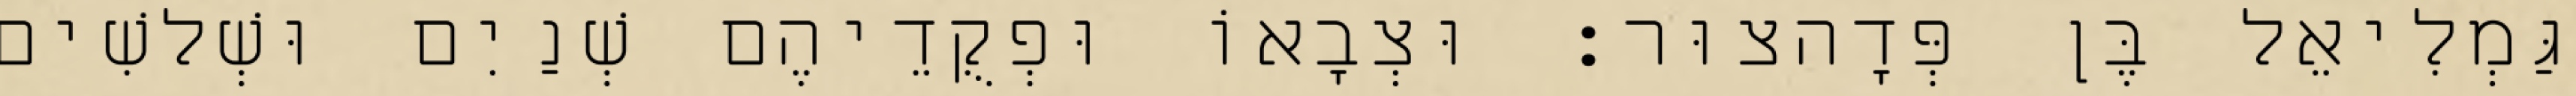
גַּמְלִיאֵל בֶּן פְּדָהצוּר׃ וּצְבָאוֹ וּפְקֻדֵיהֶם שְׁנַיִם וּשְׁלשִׁים